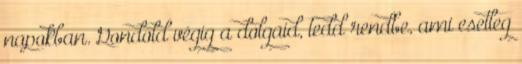
napokban. Gondold végig a dolgaid, tedd rendbe, ami esetleg